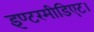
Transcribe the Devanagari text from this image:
इण्टरमीडिएट।